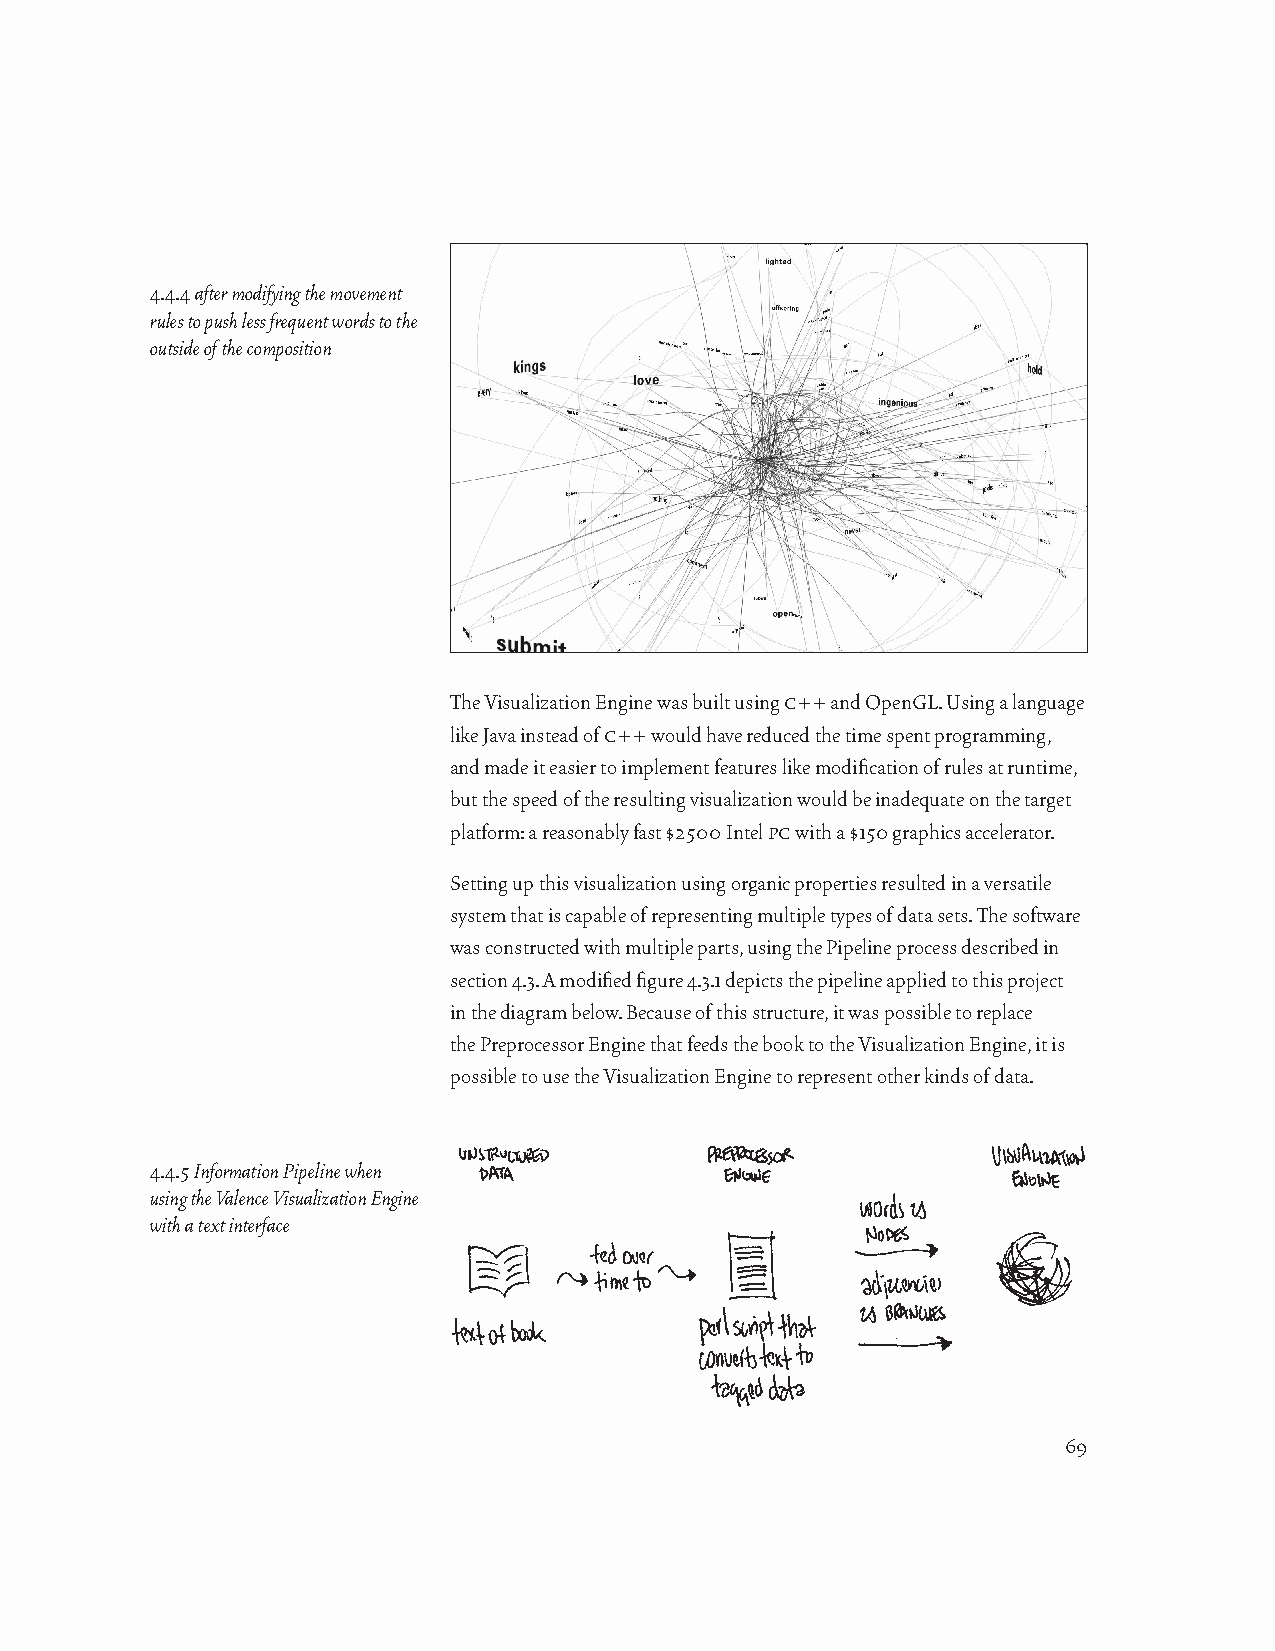
4.4.4 after modifying the movement
 rules to push less frequent words to the
 outside of the composition
 The Visualization Engine was built using c++ and OpenGL. Using a language
 like Java instead of c++ would have reduced the time spent programming,
 and made it easier to implement features like modification of rules at runtime,
 but the speed of the resulting visualization would be inadequate on the target
 platform: a reasonably fast $2500 Intel pc with a $150 graphics accelerator.
 Setting up this visualization using organic properties resulted in a versatile
 system that is capable of representing multiple types of data sets. The software
 was constructed with multiple parts, using the Pipeline process described in
 section 4.3. A modified figure 4.3.1 depicts the pipeline applied to this project
 in the diagram below. Because of this structure, it was possible to replace
 the Preprocessor Engine that feeds the book to the Visualization Engine, it is
 possible to use the Visualization Engine to represent other kinds of data.
 4.4.5 Information Pipeline when
 using the Valence Visualization Engine
 with a text interface
 69